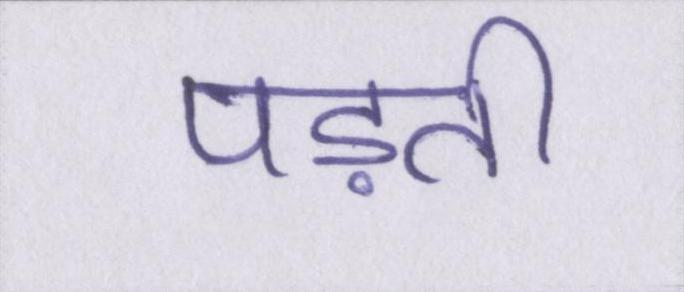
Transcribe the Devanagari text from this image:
पड़ती